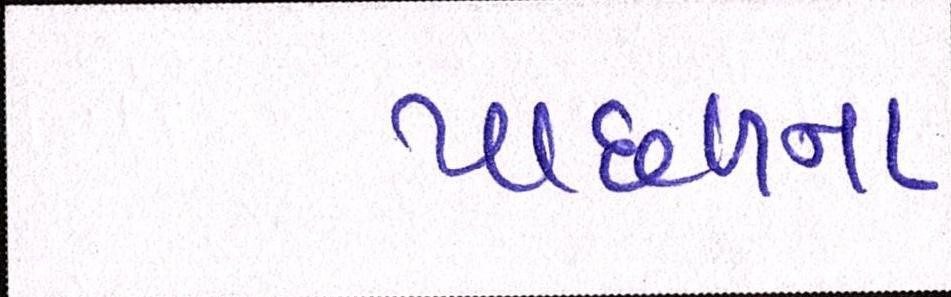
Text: પાછળના